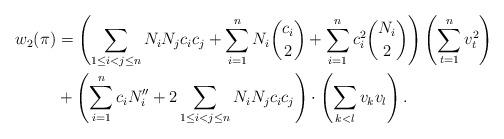
LaTeX: \begin{align*}w_2(\pi)&=\left(\sum_{1\leq i<j\leq n}N_iN_jc_ic_j+\sum_{i=1}^{n}N_i\binom{c_i}{2}+\sum_{i=1}^{n}c_i^2\binom{N_i}{2}\right)\left(\sum_{t=1}^{n} v_t^2\right)\\&+\left(\sum_{i=1}^{n}c_i N_i''+2\sum\limits_{1 \leq i < j \leq n}N_iN_jc_ic_j\right)\cdot\left(\sum_{k<l}v_kv_l\right). \end{align*}